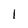
Character: 1